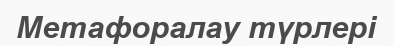
Метафоралау түрлері